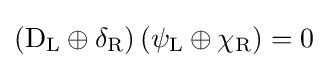
\left(\mathrm {D} _{\rm {L}}\oplus \delta _{\rm {R}}\right)\left(\psi _{\rm {L}}\oplus \chi _{\rm {R}}\right)=0